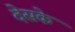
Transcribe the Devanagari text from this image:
देसके